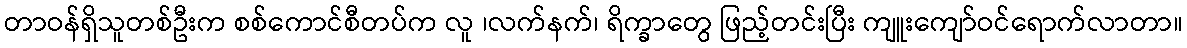
တာဝန်ရှိသူတစ်ဦးက စစ်ကောင်စီတပ်က လူ ၊လက်နက်၊ ရိက္ခာတွေ ဖြည့်တင်းပြီး ကျူးကျော်ဝင်ရောက်လာတာ။